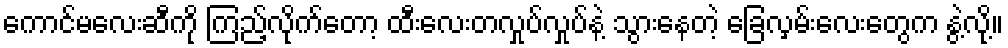
ကောင်မလေးဆီကို ကြည့်လိုက်တော့ ထီးလေးတလှုပ်လှုပ်နဲ့ သွားနေတဲ့ ခြေလှမ်းလေးတွေက နွဲ့လို့။